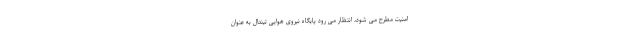
امنیت مطرح می شود، انتظار می رود پایگاه نیروی هوایی تیندال به عنوان